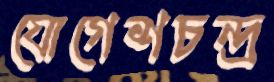
যোগেশচন্দ্র